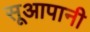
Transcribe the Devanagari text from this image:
सूआपानी